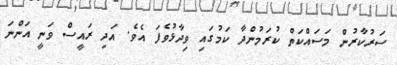
ސަރުކާރުން މަސައްކަތް ކުރަމުންދާ ކަމުގައި ވިދާޅުވެފަ އެވެ. އަދި ރައީސް ވަނީ އަންނަ